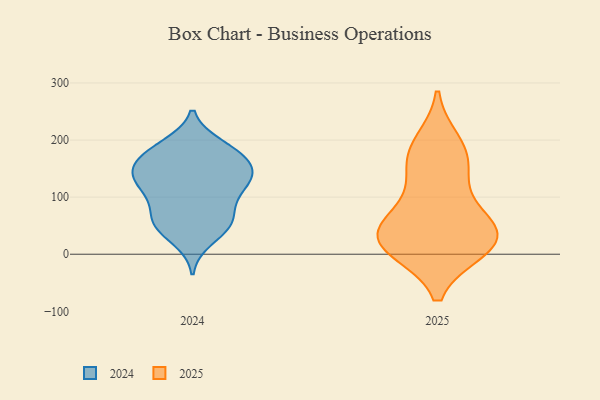
{"axis": {"x": "Operating Costs (USD K)", "y": "Value"}, "legend": ["2024", "2025"], "data": [{"x": "", "y": 112, "type": "2024"}, {"x": "", "y": 25, "type": "2024"}, {"x": "", "y": 162, "type": "2024"}, {"x": "", "y": 133, "type": "2024"}, {"x": "", "y": 67, "type": "2024"}, {"x": "", "y": 58, "type": "2024"}, {"x": "", "y": 184, "type": "2024"}, {"x": "", "y": 122, "type": "2024"}, {"x": "", "y": 46, "type": "2024"}, {"x": "", "y": 100, "type": "2024"}, {"x": "", "y": 143, "type": "2024"}, {"x": "", "y": 144, "type": "2024"}, {"x": "", "y": 108, "type": "2024"}, {"x": "", "y": 173, "type": "2024"}, {"x": "", "y": 153, "type": "2024"}, {"x": "", "y": 191, "type": "2024"}, {"x": "", "y": 58, "type": "2024"}, {"x": "", "y": 142, "type": "2024"}, {"x": "", "y": 54, "type": "2024"}, {"x": "", "y": 186, "type": "2024"}, {"x": "", "y": 167, "type": "2025"}, {"x": "", "y": 56, "type": "2025"}, {"x": "", "y": 10, "type": "2025"}, {"x": "", "y": 45, "type": "2025"}, {"x": "", "y": 165, "type": "2025"}, {"x": "", "y": 14, "type": "2025"}, {"x": "", "y": 19, "type": "2025"}, {"x": "", "y": 44, "type": "2025"}, {"x": "", "y": 194, "type": "2025"}, {"x": "", "y": 23, "type": "2025"}, {"x": "", "y": 112, "type": "2025"}]}